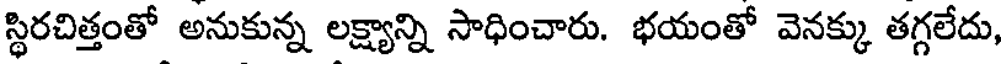
స్థిరచిత్తంతో అనుకున్న లక్ష్యాన్ని సాధించారు. భయంతో వెనక్కు తగ్గలేదు,